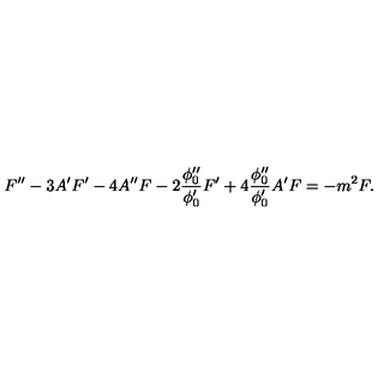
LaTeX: F ^ { \prime \prime } - 3 A ^ { \prime } F ^ { \prime } - 4 A ^ { \prime \prime } F - 2 \frac { \phi _ { 0 } ^ { \prime \prime } } { \phi _ { 0 } ^ { \prime } } F ^ { \prime } + 4 \frac { \phi _ { 0 } ^ { \prime \prime } } { \phi _ { 0 } ^ { \prime } } A ^ { \prime } F = - m ^ { 2 } F .